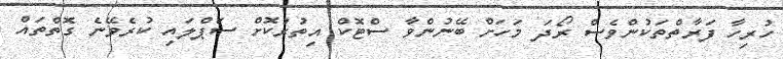
ހުރިހާ ފަރާތްތަކުންވެސް ރޯދަ މަހަށް ބޭނުންވާ ސްޓޮކް އިތުރުކޮށް ސަޕްލައި ކުރެވޭނެ ގޮތްތައް